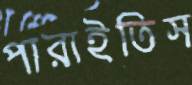
পারাইতিস